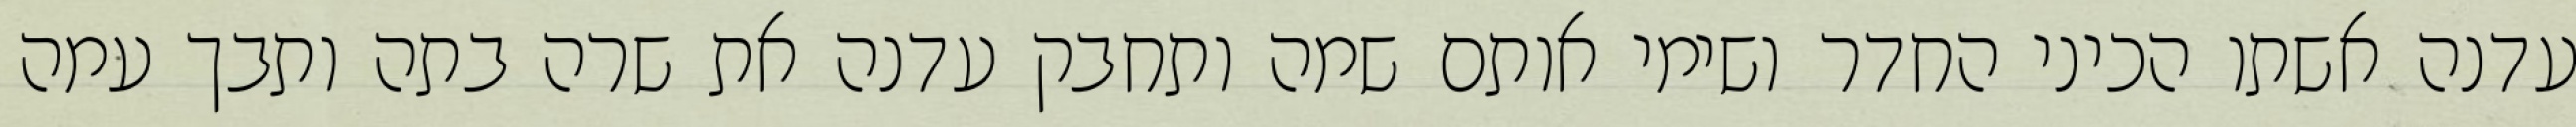
עדנה אשתו הכיני החדר ושימי אותם שמה ותחבק עדנה את שרה בתה ותבך עמה